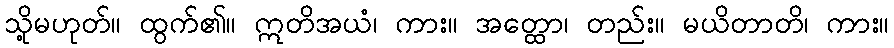
သို့မဟုတ်။ ထွက်၏။ ဣတိအယံ၊ ကား။ အတ္ထော၊ တည်း။ မယိတာတိ၊ ကား။